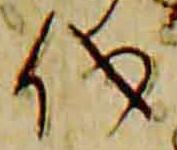
儀